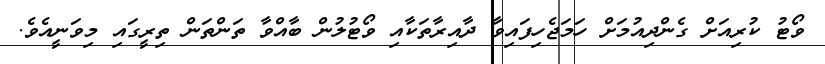
ވޯޓު ކުރިއަށް ގެންދިއުމަށް ހަމަޖެހިފައިވާ ދާއިރާތަކާއި ވޯޓުލުން ބާއްވާ ތަންތަން ތިރީގައި މިވަނީއެވެ.